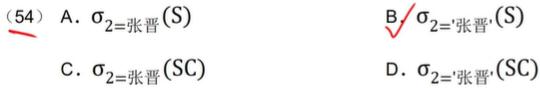
(54) A. $\sigma_{2 = \text{张晋}}(S)$
B. $\sigma_{2 = \text{'张晋'}}(S)$
C. $\sigma_{2 = \text{张晋}}(SC)$
D. $\sigma_{2 = \text{'张晋'}}(SC)$